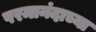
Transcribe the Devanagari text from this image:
परमानंदाच्या